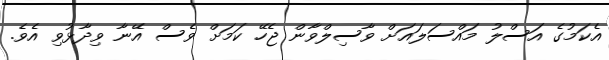
އެކަމުގެ އަސްލު މައްސަލައަށް ވާސިލްވާން ޖެހޭ ކަމަށް ވެސް އޭނާ ވިދާޅުވި އެވެ.